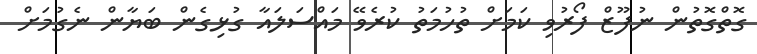
ގޮތްގޮތުން ނުފޫޒް ފޯރުވި ކަމަށް ތުހުމަތު ކުރެވޭ މައްސަލައާ ގުޅިގެން ބަޔާން ނެގުމަށް